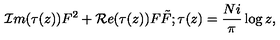
{ \cal I } m ( \tau ( z ) ) F ^ { 2 } + { \cal R } e ( \tau ( z ) ) F \tilde { F } ; \tau ( z ) = { \frac { N i } { \pi } } \log z ,